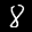
Label: 8